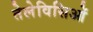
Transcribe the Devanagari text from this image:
तेलेविसिओं